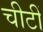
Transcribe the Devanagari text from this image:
चीटीं